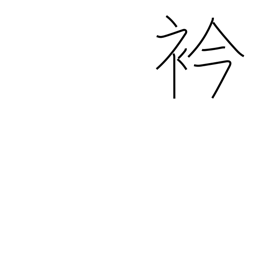
Meaning: neck